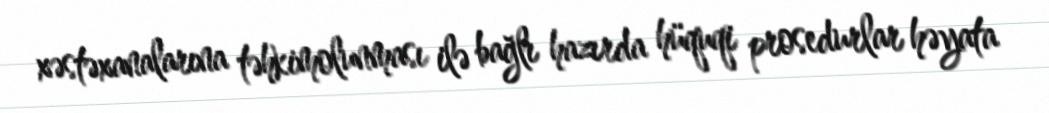
xəstəxanalarına təhkimolunması ilə bağlı hazırda hüquqi prosedurlar həyata